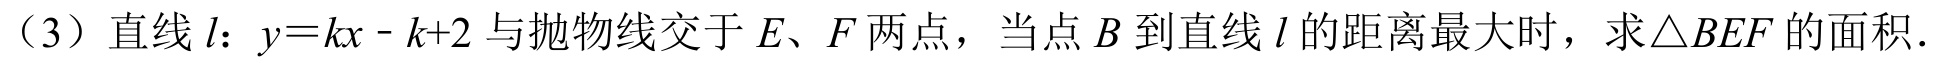
（3）直线$l$：$y = kx - k + 2$与抛物线交于$E、F$两点，当点$B$到直线$l$的距离最大时，求$\triangle BEF$的面积.